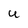
Character: U